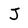
Character: J